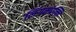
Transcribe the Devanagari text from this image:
लिंगमपल्लि